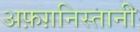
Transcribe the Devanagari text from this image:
अफ़ग़निस्तानी